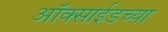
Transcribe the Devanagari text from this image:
ऑक्‍साईडच्या